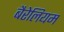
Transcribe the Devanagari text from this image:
बैरेलियम